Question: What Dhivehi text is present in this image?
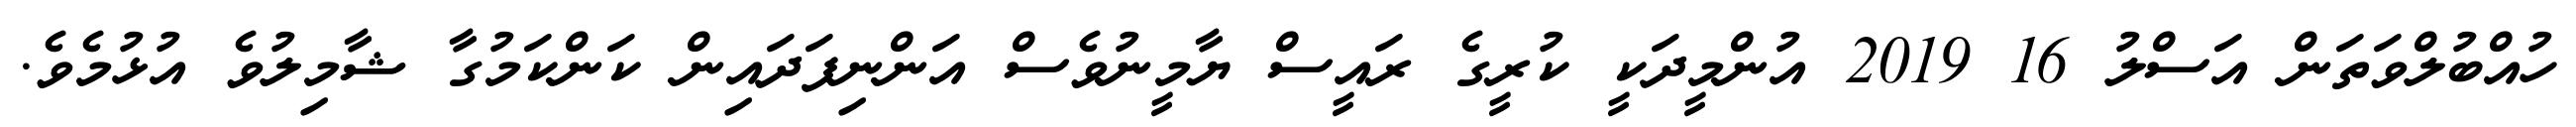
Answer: ހުއްބުލްވަތަން އަސްލު 16 2019 އުންމީދަކީ ކުރީގެ ރައީސް ޔާމީނުވެސް އަންނިފަދައިން ކަންކަމުގާ ޝާމިލުވެ އުޅުމެވެ.